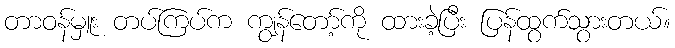
တာဝန်မှူး တပ်ကြပ်က ကျွန်တော့်ကို ထားခဲ့ပြီး ပြန်ထွက်သွားတယ်။